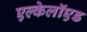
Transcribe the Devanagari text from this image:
एल्केलॉएड